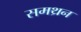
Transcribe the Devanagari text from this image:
समथ्रन